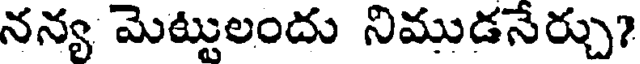
నన్య మెట్టులందు నిముడనేర్చు?